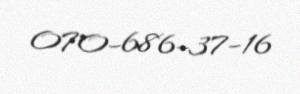
070-686-37-16